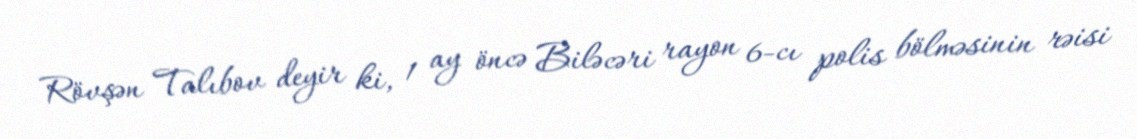
Rövşən Talıbov deyir ki, 1 ay öncə Biləcəri rayon 6-cı polis bölməsinin rəisi